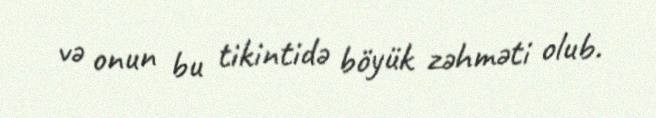
və onun bu tikintidə böyük zəhməti olub.